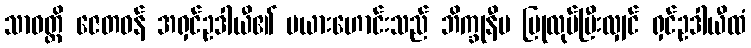
သာဝတ္ထိ ဇေတဝန် အရှင်ဥဒါယီ၏ မယားဟောင်းသည် ဘိက္ခုနီမ ပြုလုပ်ပြီးလျှင် ရှင်ဥဒါယီထံ